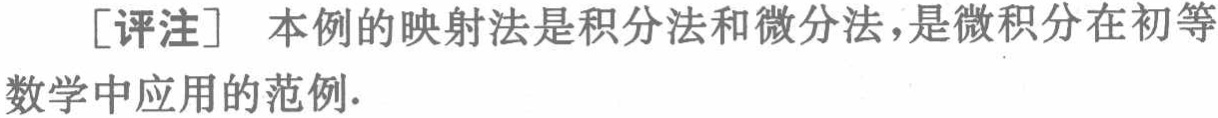
[评注] 本例的映射法是积分法和微分法，是微积分在初等数学中应用的范例.